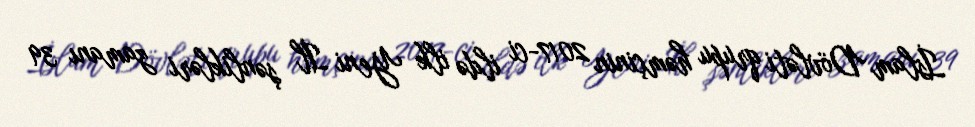
İslam Dövləti qrupu həmçinin 2017-ci ildə ilk Yeni İl şənlikləri zamanı 39